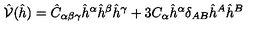
\hat { \mathcal { V } } ( \hat { h } ) = { \hat { C } } _ { \alpha \beta \gamma } { \hat { h } } ^ { \alpha } { \hat { h } } ^ { \beta } { \hat { h } } ^ { \gamma } + 3 C _ { \alpha } { \hat { h } } ^ { \alpha } \delta _ { A B } { \hat { h } } ^ { A } { \hat { h } } ^ { B }